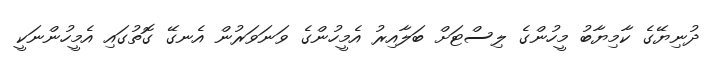
ދުނިޔޭގެ ކާމިޔާބު މީހުންގެ ލިސްޓަށް ބަލާއިރު އެމީހުންގެ ވަނަވަރުން އެނގޭ ގޮތުގައި އެމީހުންނަކީ